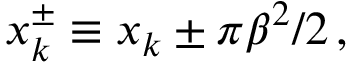
x _ { k } ^ { \pm } \equiv x _ { k } \pm \pi \beta ^ { 2 } / 2 \, ,